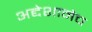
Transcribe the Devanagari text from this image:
अद्देशानेच